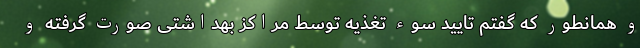
و همانطور که گفتم تایید سوء تغذیه توسط مراکز بهداشتی صورت گرفته و